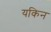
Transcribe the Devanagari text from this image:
यकिन